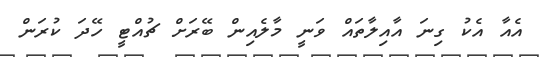
އެއާ އެކު ގިނަ އާއިލާތައް ވަނީ މާލެއިން ބޭރަށް ޗުއްޓީ ހޭދަ ކުރަން